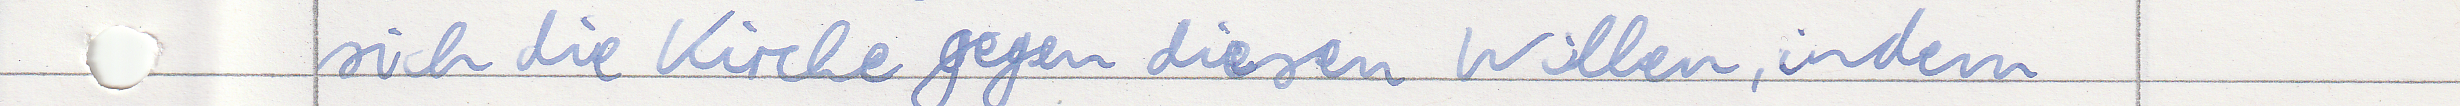
sich die Kirche gegen diesen Willen, indem